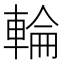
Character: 輪